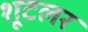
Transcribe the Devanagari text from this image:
शूटलर